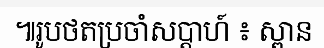
៕រូបថតប្រចាំសប្តាហ៍ ៖ ស្ពាន